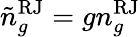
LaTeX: {\tilde{n}}_{g}^{\mathrm{RJ}}=gn_{g}^{\mathrm{RJ}}